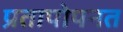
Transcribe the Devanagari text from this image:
प्रतापोपनत